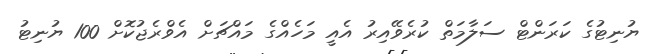
ޔުނިޓުގެ ކަރަންޓް ސަލާމަތް ކުރެވޭއިރު އެއީ މަހެއްގެ މައްޗަށް އެވްރެޖުކޮށް 100 ޔުނިޓު